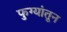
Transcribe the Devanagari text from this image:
फुग्यांतून